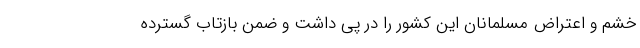
خشم و اعتراض مسلمانان این کشور را در پی داشت و ضمن بازتاب گسترده‌